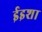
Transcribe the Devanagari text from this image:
ईइशा